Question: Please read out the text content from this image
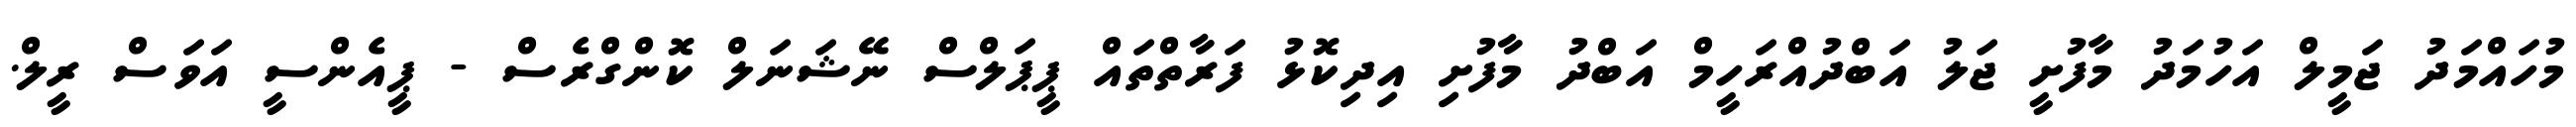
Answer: މުހައްމަދު ޖަމީލް އަހުމަދު މާފުށީ ޖަލު އަބްދުއްރަހީމް އަބްދު މާފުށި އިދިކޮޅު ފަރާތްތައް ޕީޕަލްސް ނޭޝަނަލް ކޮންގްރެސް - ޕީއެންސީ އަވަސް ރީލް.